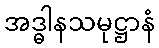
အဒ္ဓါနသမုဋ္ဌာနံ